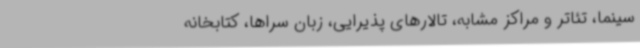
سینما، تئاتر و مراکز مشابه، تالارهای پذیرایی، زبان سراها، کتابخانه